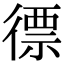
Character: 徱